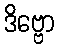
ဒိဗ္ဗော